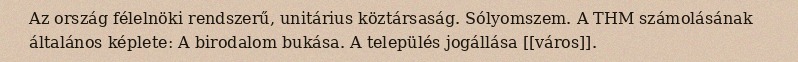
Az ország félelnöki rendszerű, unitárius köztársaság. Sólyomszem. A THM számolásának általános képlete: A birodalom bukása. A település jogállása [[város]].